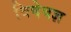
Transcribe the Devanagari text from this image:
विषेषज्ञ